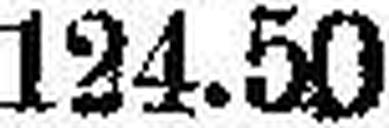
124.50